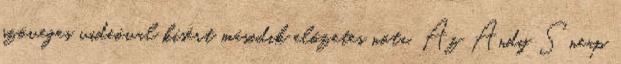
szöveges videóval kísért második előzetes nóta. Az Andy Sneap